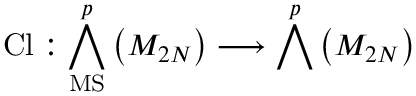
\mathrm { C l } : \bigwedge _ { \mathrm { M S } } ^ { p } \left( { \cal M } _ { 2 N } \right) \longrightarrow \bigwedge ^ { p } \left( { \cal M } _ { 2 N } \right)